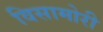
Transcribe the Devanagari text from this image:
विसामोरी